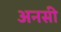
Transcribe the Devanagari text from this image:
अनसी